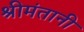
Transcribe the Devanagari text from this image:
श्रीमंतानी